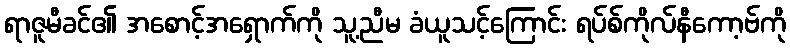
ရာဇူမီခင်၏ အစောင့်အရှောက်ကို သူ့ညီမ ခံယူသင့်ကြောင်း ရပ်စ်ကိုလ်နီကော့ဗ်ကို